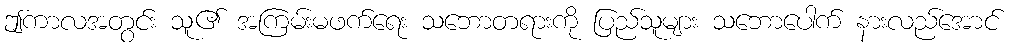
ဤကာလအတွင်း သူ၏ အကြမ်းမဖက်ရေး သဘောတရားကို ပြည်သူများ သဘောပေါက် နားလည်အောင်